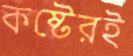
কষ্টেরই